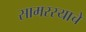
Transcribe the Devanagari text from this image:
सामरस्याचे